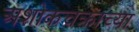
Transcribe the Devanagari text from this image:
अशोकचक्राच्या